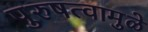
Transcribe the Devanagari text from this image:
पुरुषत्वामुळे